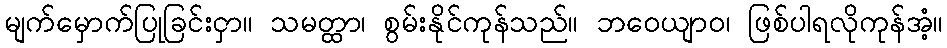
မျက်မှောက်ပြုခြင်းငှာ။ သမတ္ထာ၊ စွမ်းနိုင်ကုန်သည်။ ဘဝေယျာဝ၊ ဖြစ်ပါရလိုကုန်အံ့။